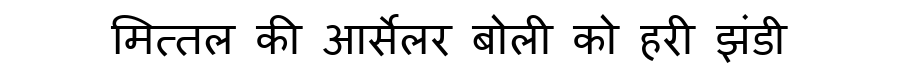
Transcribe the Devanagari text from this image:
मित्तल की आर्सेलर बोली को हरी झंडी